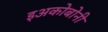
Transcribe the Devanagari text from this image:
इअकोबोनी